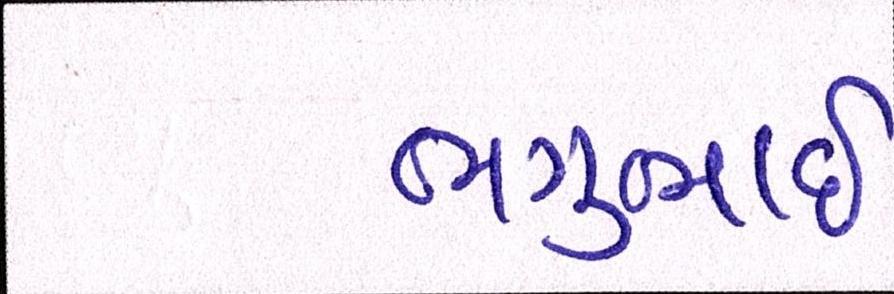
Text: ભગુભાઇ